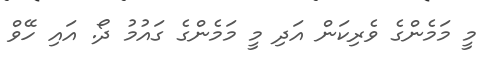
މީ މަމެންގެ ވެރިކަން އަދި މީ މަމެންގެ ގައުމު ދޯ. އައި ހޭވް